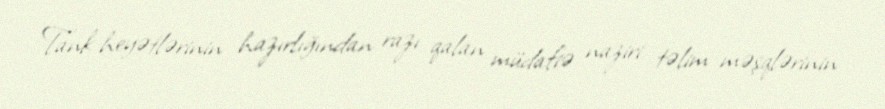
Tank heyətlərinin hazırlığından razı qalan müdafiə naziri təlim məşqlərinin